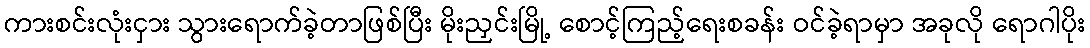
ကားစင်းလုံးငှား သွားရောက်ခဲ့တာဖြစ်ပြီး မိုးညှင်းမြို့ စောင့်ကြည့်ရေးစခန်း ဝင်ခဲ့ရာမှာ အခုလို ရောဂါပိုး